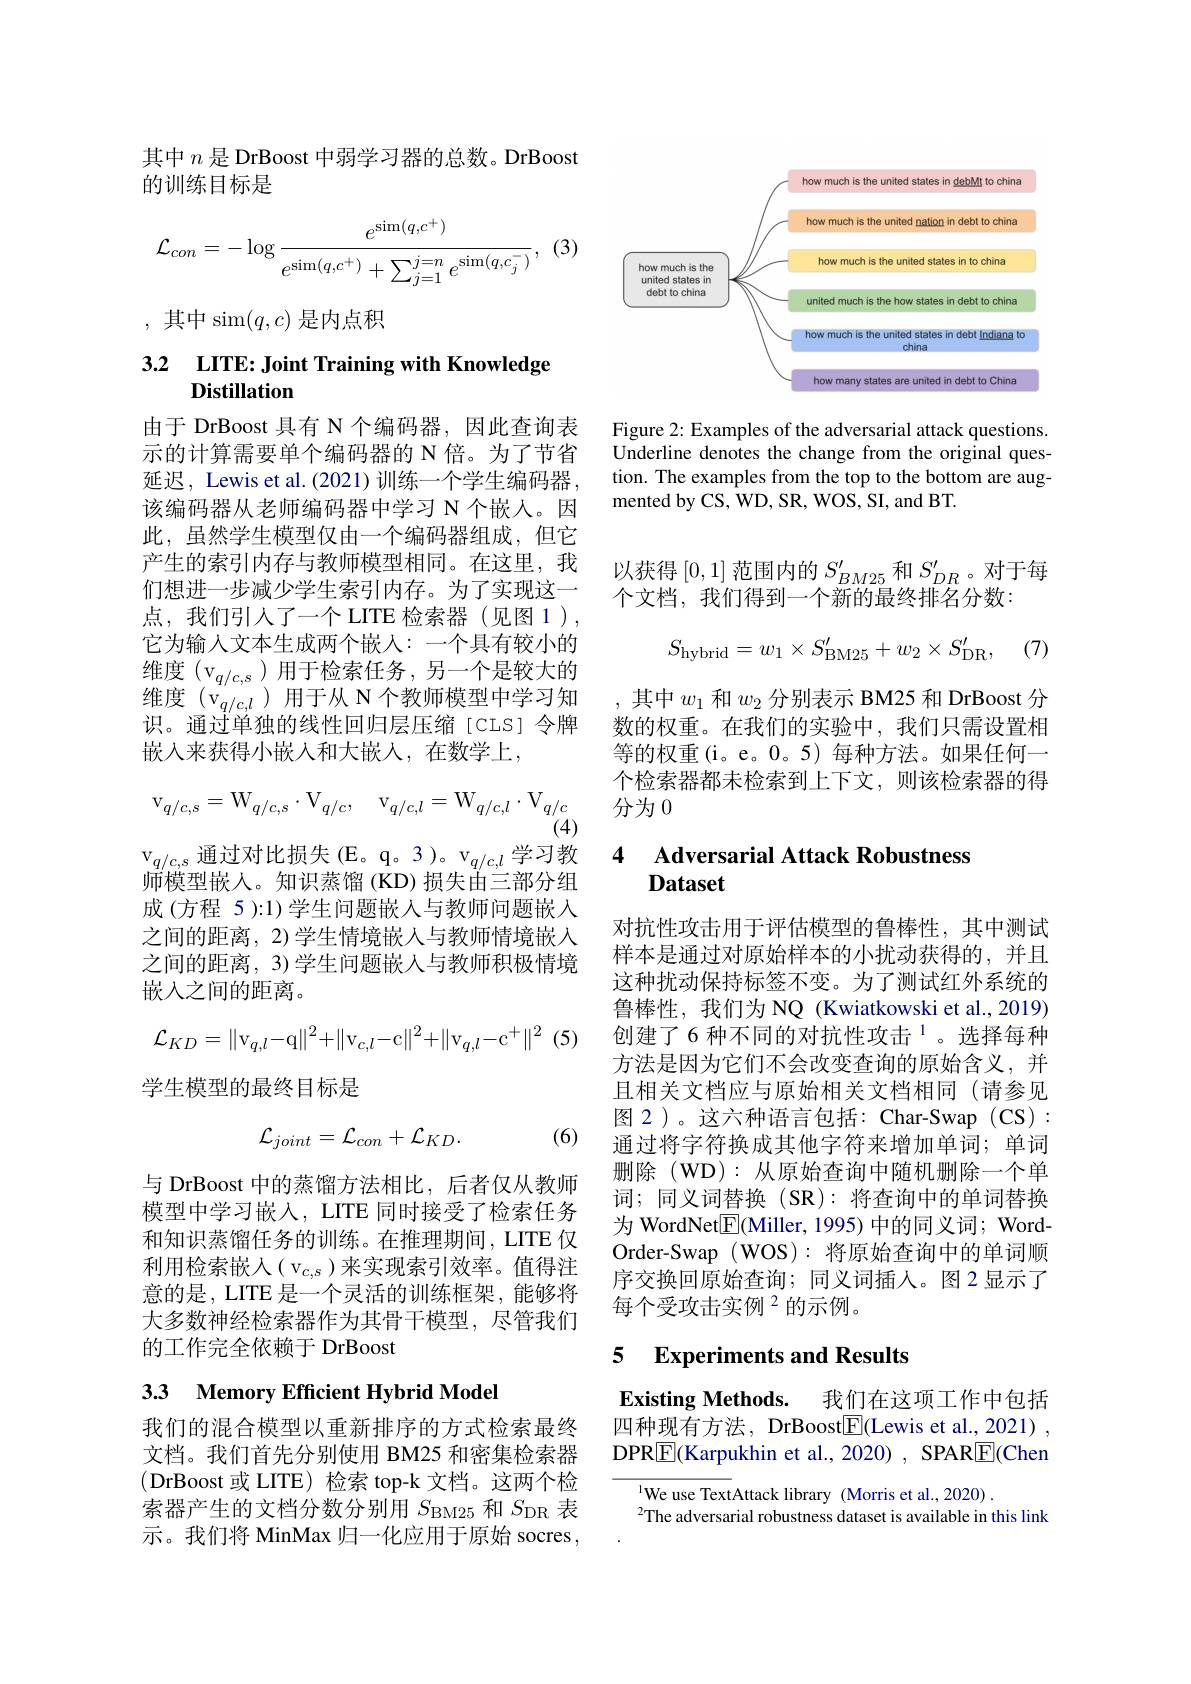
其中$n$是 DrBoost 中弱学习器的总数。DrBoost
的训练目标是
$$\mathcal{L}_{con}=-\log\frac{e^{\sin(q,c^{+})}}{e^{\sin(q,c^{+})}+\sum_{j=1}^{j=n}e^{\sin(q,c^{-})}},$$
,其中$\operatorname{sim}(q,c)$是内点积

# 3.2 LITE: Joint Training with Knowledge

由于 DrBoost 具有 N 个编码器，因此查询表示的计算需要单个编码器的 N 倍。为了节省延迟，Lewis et al.(2021)训练一个学生编码器该编码器从老师编码器中学习 N 个嵌人。因此，虽然学生模型仅由一个编码器组成，但它产生的索引内存与教师模型相同。在这里，我们想进一步减少学生索引内存。为了实现这一点，我们引人了一个 LITE 检索器(见图1), 它为输入文本生成两个嵌人：一个具有较小的维度$(\mathrm{v}_{q/c,s})$用于检索任务，另一个是较大的维度$(\mathrm{v}_{q/c,l})$用于从 N个教师模型中学习知识。通过单独的线性回归层压缩[CLS]令牌嵌入来获得小嵌入和大嵌入，在数学上，
$$\mathrm v_{q/c,s}=\mathrm W_{q/c,s}\cdot\mathrm V_{q/c},\quad\mathrm v_{q/c,l}=\mathrm W_{q/c,l}\cdot\mathrm V_{q/c}$$
(4)

$\mathrm{v}_{q/c,s}$通过对比损失(E。q。3)。v$_q/c,l$学习教

师模型嵌入。知识蒸馏(KD)损失由三部分组成 (方程 5 ):1) 学生问题嵌入与教师问题嵌人之间的距离，2) 学生情境嵌人与教师情境嵌入之间的距离，3) 学生问题嵌入与教师积极情境嵌入之间的距离。
$$\mathcal{L}_{KD}=\|\mathrm v_{q,l}-\mathrm q\|^2+\|\mathrm v_{c,l}-\mathrm c\|^2+\|\mathrm v_{q,l}-\mathrm c^+\|^2$$
学生模型的最终目标是
$$\mathcal{L}_{joint}=\mathcal{L}_{con}+\mathcal{L}_{KD}.$$
(6)

与 DrBoost 中的蒸馏方法相比，后者仅从教师模型中学习嵌入，LITE 同时接受了检索任务和知识蒸馏任务的训练。在推理期间，LITE 仅利用检索嵌人( v$_{c,s}$)来实现索引效率。值得注意的是，LITE 是一个灵活的训练框架，能够将大多数神经检索器作为其骨干模型，尽管我们的工作完全依赖于 DrBoost

# 3.3 Memory Efficient Hybrid Model

我们的混合模型以重新排序的方式检索最终文档。我们首先分别使用 BM25 和密集检索器(DrBoost 或 LITE)检索 top-k 文档。这两个检索器产生的文档分数分别用$S_{\mathrm{BM25}}$和$S_{\mathrm{DR}}$表示。我们将 MinMax 归一化应用于原始 socres,

<FigureHere>

Figure 2: Examples of the adversarial attack questions. Underline denotes the change from the original question. The examples from the top to the bottom are augmented by CS, WD, SR, WOS, SI, and BT.

以获得[0,1]范围内的$S_BM25^{\prime}$和$S_DR^{\prime}$。对于每
个文档，我们得到一个新的最终排名分数：
$$S_{\mathrm{hybrid}}=w_{1}\times S_{\mathrm{BM25}}^{\prime}+w_{2}\times S_{\mathrm{DR}}^{\prime},\quad(7)$$
,其中$w_1$和$w_2$分别表示 BM25 和 DrBoost 分数的权重。在我们的实验中，我们只需设置相等的权重(i。e。0。5) 每种方法。如果任何一个检索器都未检索到上下文，则该检索器的得分为0

### 4 $\textbf{Adversarial Attack Robustness}$ Dataset

对抗性攻击用于评估模型的鲁棒性，其中测试样本是通过对原始样本的小扰动获得的，并且这种扰动保持标签不变。为了测试红外系统的鲁棒性，我们为 NQ (Kwiatkowski et al.,2019) 创建了6 种不同的对抗性攻击$^{1}$。选择每种方法是因为它们不会改变查询的原始含义，并且相关文档应与原始相关文档相同(请参见图 2)。这六种语言包括：Char-Swap (CS): 通过将字符换成其他字符来增加单词；单词删除(WD):从原始查询中随机删除一个单词；同义词替换 (SR): 将查询中的单词替换为 WordNet$\underline{\mathrm{E}}($Miller, 1995) 中的同义词；WordOrder-Swap (WOS): 将原始查询中的单词顺序交换回原始查询；同义词插入。图2显示了每个受攻击实例$^{2}$的示例。

### 5 Experiments and Results

Existing Methods. 我们在这项工作中包括四种现有方法，DrBoost$\boxed{\mathrm{F}}($Lewis et al.,2021) , DPR$\boxed{\mathrm{F}}($Karpukhin et al., 2020) , SPAR$\boxed{\mathrm{F}}($Chen

$^{1}$We use TextAttack library (Morris et al.,2020).
$^2$The adversarial robustness dataset is available in this link